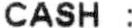
CASH :